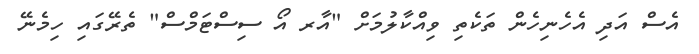
އެސް އަދި އެހެނިހެން ތަކެތި ވިއްކާލުމަށް "އާރ އޯ ސިސްޓަމްސް" ތެރޭގައި ހިމެނޭ